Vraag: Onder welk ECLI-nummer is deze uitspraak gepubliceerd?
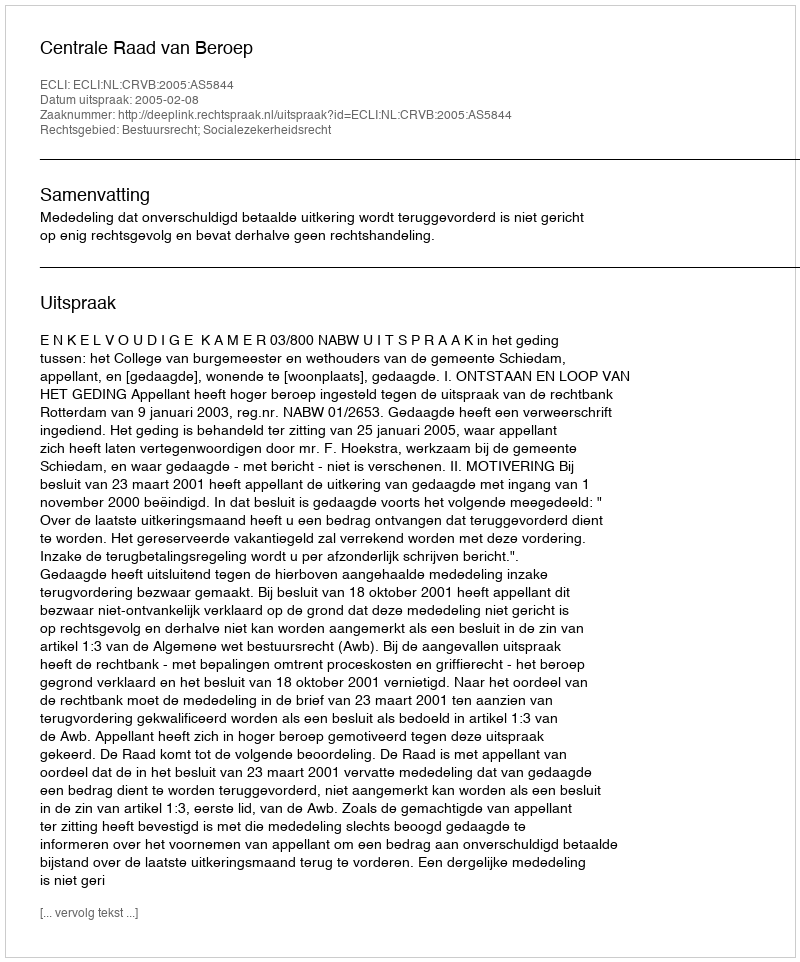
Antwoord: ECLI:NL:CRVB:2005:AS5844